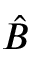
\hat { B }